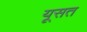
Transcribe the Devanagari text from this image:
यूसत